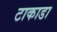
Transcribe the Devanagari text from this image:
टाकाडा